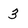
Character: 3